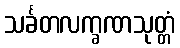
သင်္ခတလက္ခဏသုတ္တံ